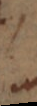
in